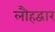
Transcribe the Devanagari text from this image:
लौहद्वार